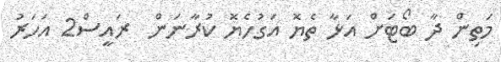
މަތިން ދާ ބޯޓަށް އަޅާ ތެޔޮ އަގުހެޔޮ ކުރާނަން  ރައީސް2 އަހަރު